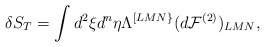
\begin{align*}\delta S_T=\int d^2\xi d^n\eta \Lambda^{[LMN\}}(d{\cal F}^{(2)})_{LMN},\end{align*}